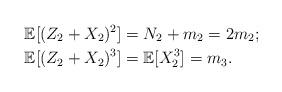
LaTeX: \begin{align*}\mathbb{E}[(Z_2+X_2)^2]&=N_2+m_2=2m_2;\\\mathbb{E}[(Z_2+X_2)^3]&=\mathbb{E}[X_2^3]=m_3.\end{align*}